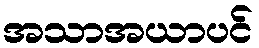
အသာအယာပင်